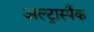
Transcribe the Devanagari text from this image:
अल्ट्रास्पैंक